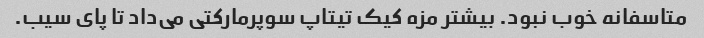
متاسفانه خوب نبود. بیشتر مزه کیک تیتاپ سوپر‌مارکتی می‌داد تا پای سیب.